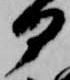
部